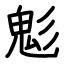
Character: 鬽